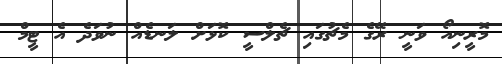
މޮރީނިއޯ ވަނީ ރޭގެ މެޗުގައި ޗެލްސީ ކޮޅަށް ލަނޑެއް ނުވަދެ އެ ޓީމް